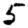
Digit: 5